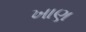
ખાણ